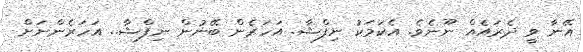
އޭނާ ވީ ދެރައެއް ނޫނެވެ. އެކަމަކު ނިފްޝާ. އަހަރެން ބޭނުން ނިފްޝާ.. އަހަރެންނަށް